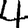
Digit: 4